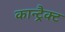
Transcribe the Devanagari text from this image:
कान्ट्रैक्ट